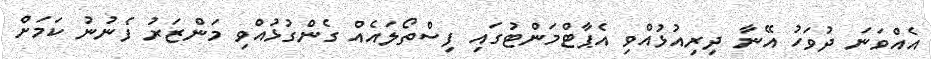
އެއްވަނަ ދުވަހު އޭނާ ދިރިއުޅުއްވި އެޕާޓްމަންޓުގައި ފިސްތޯލައެއް ގެންގުޅުއްވި މަންޒަރު ފެނުނު ކަމަށް